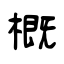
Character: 概